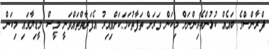
ފްރާންސްގެ ބައެއް ކުޅުންތެރިންނަށް މިކަން ވަރަށް ތަފާތުކަމަކަށްވިއިރު އެފަރާތްތައްވަނީ މީސް މީޑިޔާގައި މިކަން